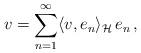
LaTeX: \begin{align*}v=\sum_{n=1}^{\infty}\langle v,e_n\rangle_{\mathcal{H}}\,e_n\,,\end{align*}